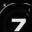
Digit: 7